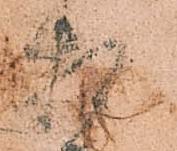
相